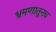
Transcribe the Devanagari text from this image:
भ्रमणातूनच